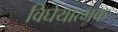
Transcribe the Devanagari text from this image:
विघेयात्मक